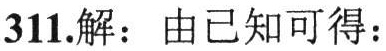
311.解：由已知可得：